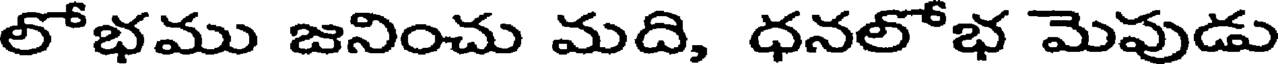
లోభము జనించు మది, ధనలోభ మెపుడు